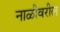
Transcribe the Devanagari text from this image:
नाळीवरील